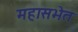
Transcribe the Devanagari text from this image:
महासभेत